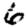
Digit: 6